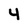
Character: 4